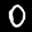
Label: 0